Indian journal of veterinary science and animal husbandry - Volumes 18-21, 1948-1951
Year: 1948
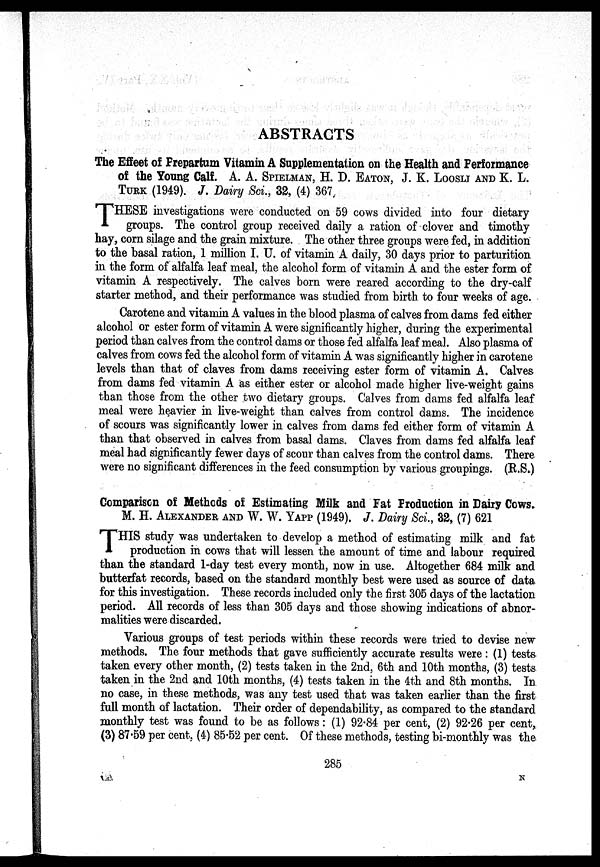
ABSTRACTS
The Effect of Prepartum Vitamin A Supplementation on the Health and Performance
of the Young Calf. A. A. SPIELMAN, H. D. EATON, J. K. LOOSLI AND K. L.
TURK (1949). J. Dairy Sci., 32, (4) 367
T HESE investigations were conducted on 59 cows divided into four dietary
groups. The control group received daily a ration of clover and timothy
hay, corn silage and the grain mixture. The other three groups were fed, in addition
to the basal ration, 1 million I. U. of vitamin A daily, 30 days prior to parturition
in the form of alfalfa leaf meal, the alcohol form of vitamin A and the ester form of
vitamin A respectively. The calves born were reared according to the dry-calf
starter method, and their performance was studied from birth to four weeks of age.
Carotene and vitamin A values in the blood plasma of calves from dams fed either
alcohol or ester form of vitamin A were significantly higher, during the experimental
period than calves from the control dams or those fed alfalfa leaf meal. Also plasma of
calves from cows fed the alcohol form of vitamin A was significantly higher in carotene
levels than that of claves from dams receiving ester form of vitamin A. Calves
from dams fed vitamin A as either ester or alcohol made higher live-weight gains
than those from the other two dietary groups. Calves from dams fed alfalfa leaf
meal were heavier in live-weight than calves from control dams. The incidence
of scours was significantly lower in calves from dams fed either form of vitamin A
than that observed in calves from basal dams. Claves from dams fed alfalfa leaf
meal had significantly fewer days of scour than calves from the control dams. There
were no significant differences in the feed consumption by various groupings. (R.S.)
Comparison of Methods of Estimating Milk and Fat Production in Dairy Cows.
M. H. ALEXANDER AND W. W. YAPP (1949). J. Dairy Sci., 32, (7) 621
T HIS study was undertaken to develop a method of estimating milk and fat
production in cows that will lessen the amount of time and labour required
than the standard 1-day test every month, now in use. Altogether 684 milk and
butterfat records, based on the standard monthly best were used as source of data
for this investigation. These records included only the first 305 days of the lactation
period. All records of less than 305 days and those showing indications of abnor-
malities were discarded.
Various groups of test periods within these records were tried to devise new
methods. The four methods that gave sufficiently accurate results were: (1) tests
taken every other month, (2) tests taken in the 2nd, 6th and 10th months, (3) tests
taken in the 2nd and 10th months, (4) tests taken in the 4th and 8th months. In
no case, in these methods, was any test used that was taken earlier than the first
full month of lactation. Their order of dependability, as compared to the standard
monthly test was found to be as follows: (1) 92.84 per cent, (2) 92.26 per cent,
(3) 87.59 per cent, (4) 85.52 per cent. Of these methods, testing bi-monthly was the
285
N